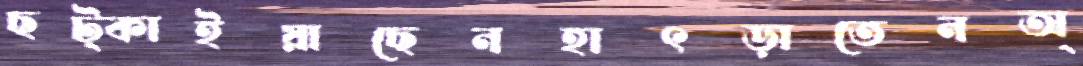
ছট্‌কাইয়াছেনহাৎড়াতেনঅ্